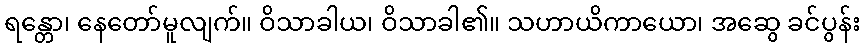
ရန္တော၊ နေတော်မူလျက်။ ဝိသာခါယ၊ ဝိသာခါ၏။ သဟာယိကာယော၊ အဆွေ ခင်ပွန်း